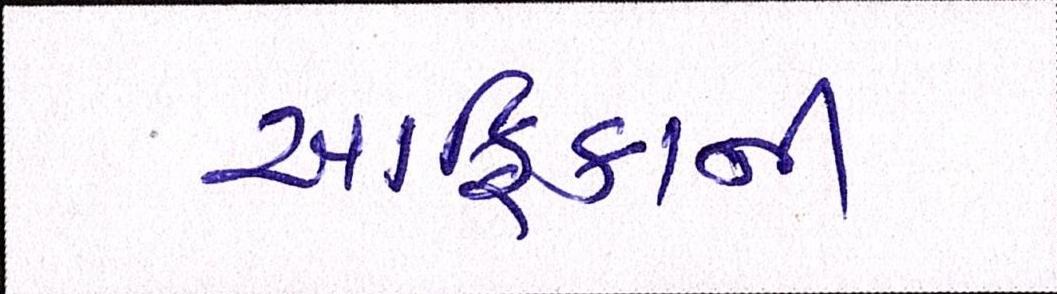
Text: આફ્રિકાની